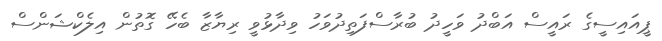
ޕީއައިސީގެ ރައީސް އަބްދު ވަހީދު ބުރާސްފަތިދުވަހު ވިދާޅުވީ ރިޔާޒާ ބެހޭ ގޮތުން އިލެކްޝަންސް